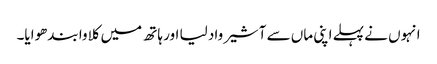
انہوں نے پہلے اپنی ماں سے آشیرواد لیا اور ہاتھ میں کلاوا بندھوایا۔